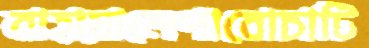
বাহায়ালেপাবোচাটি